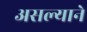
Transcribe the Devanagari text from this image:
असल्याने